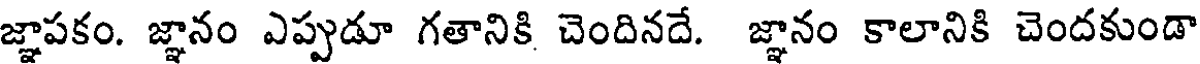
జ్ఞాపకం. జ్ఞానం ఎప్పుడూ గతానికి చెందినదే. జ్ఞానం కాలానికి చెందకుండా